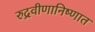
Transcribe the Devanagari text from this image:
रुद्रवीणानिष्णात